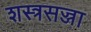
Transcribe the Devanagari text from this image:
शस्त्रसज्जा